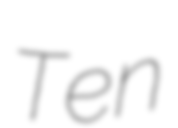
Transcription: Ten